Civil Veterinary Dept. Bombay admin report 1914-1922 - 1914-1922
Year: 1914
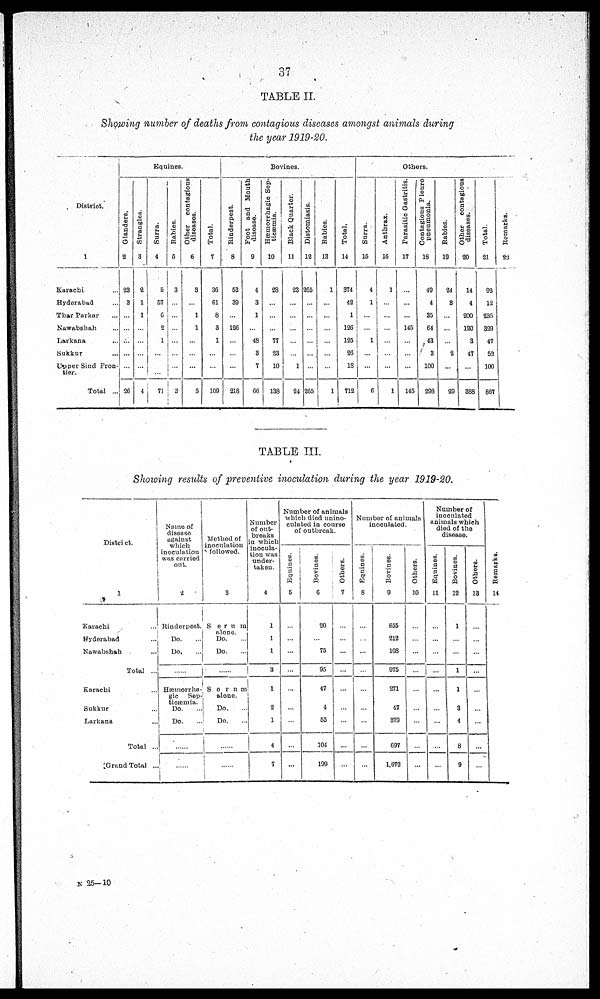
37
TABLE II.
Showing number of deaths from contagious diseases amongst animals during
the year 1919-20.
District.
1
Karachi ...
Hyderabad ...
Thar Parkar ...
Nawabshah ...
Larkana ...
Sukkur ...
Upper Sind Fron-
tier.
Total ...
Equines
Glanders.
2
23
3
...
...
...
...
...
26
Strangles.
3
2
1
1
...
...
...
...
4
Surra.
4
5
57
6
2
1
...
...
71
Rabies.
5
3
...
...
...
...
...
...
3
Other contagious
diseases.
6
3
...
1
1
...
...
...
5
Total.
7
36
61
8
3
1
...
...
109
Bovines.
Rinderpest.
8
53
39
...
126
...
...
...
218
Foot and Mouth
disease.
9
4
3
1
...
48
3
7
66
Hæmorrhagic Sep-
ticæmia.
10
28
...
...
...
77
23
10
138
Black Quarter.
11
23
...
...
...
...
...
1
24
Distomiasis.
12
265
...
...
...
...
...
...
265
Rabies.
13
1
...
...
...
...
...
...
1
Total.
14
374
42
1
126
125
26
18
712
Others.
Surra.
15
4
1
...
...
1
...
...
6
Anthrax.
16
1
...
...
...
...
...
...
1
Parasitic Gastritis.
17
...
...
...
145
...
...
...
145
Contagious Pleuro
pneumonia.
18
49
4
35
64
43
3
100
298
Rabies.
19
24
3
...
...
...
2
...
29
Other contagious
diseases.
20
14
4
200
120
3
47
...
388
Total.
21
92
12
235
329
47
52
100
867
Remarks.
22
TABLE III.
Showing results of preventive inoculation during the year 1919-20.
District.
1
Karachi ...
Hyderabad ...
Nawabshah ...
Total ...
Karachi ...
Sukkur ...
Larkana ...
Total ...
Grand Total ...
Name of
disease
against
which
inoculation
was carried
out.
2
Rinderpest.
Do. ...
Do. ...
...
Hæmorrha-
gic
Sep-
ticæmia.
Do. ...
Do. ...
......
Method of
inoculation
followed.
3
Serum
alone.
Do. ...
Do. ...
Serum
alone.
Do. ...
Do. ...
......
......
Number
of out-
breaks
in which
inocula-
tion was
under-
taken.
4
1
1
1
3
1
2
1
4
7
Number of animals
which died unino-
culated in course
of outbreak.
Equines.
5
...
...
...
...
...
...
...
...
...
Bovines.
6
20
...
75
95
47
4
53
104
199
Others.
7
...
...
...
...
...
...
...
...
...
Number of animals
inoculated.
Equines.
8
...
...
...
...
...
...
...
...
...
Bovines.
9
655
212
108
975
271
47
379
697
1,672
Others.
10
...
...
...
...
...
...
...
...
...
Number of
inoculated
animals which
died of the
disease.
Equines.
11
...
...
...
...
...
...
...
...
...
Bovines.
12
1
...
...
1
1
3
4
8
9
Others.
13
...
...
...
...
...
...
...
...
...
Remarks.
14
N 25—10